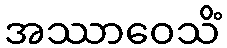
အဿာဝေသိံ